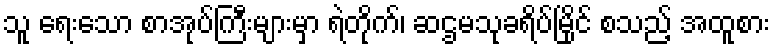
သူ ရေးသော စာအုပ်ကြီးများမှာ ရဲတိုက်၊ ဆဌမသုခရိပ်မြိုင် စသည့် အထူစား